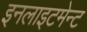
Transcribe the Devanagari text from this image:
इनलाइटमेन्ट